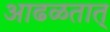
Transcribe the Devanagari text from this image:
आढळतात्